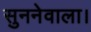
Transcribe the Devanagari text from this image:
सुननेवाला।